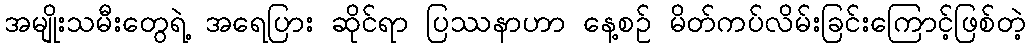
အမျိုးသမီးတွေရဲ့ အရေပြား ဆိုင်ရာ ပြဿနာဟာ နေ့စဉ် မိတ်ကပ်လိမ်းခြင်းကြောင့်ဖြစ်တဲ့